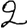
Digit: 2